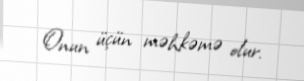
Onun üçün məhkəmə olur.